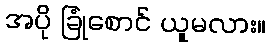
အပို ခြုံစောင် ယူမလား။